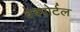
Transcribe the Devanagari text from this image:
वेबपोर्टल